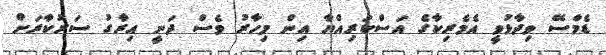
ޑެމްސޭ ވިދާޅުވީ އެމެރިކާގެ އަސްކަރިއްޔާ އިން މިހާރު ވެސް ދަނީ އިރާގު ސަރުކާރަށް